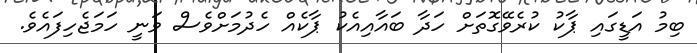
ބިމު އަޑީގައި ޕާކު ކުރެވޭގޮތަށް ހަދާ ބައާއިއެކު ޕާކެއް ހެދުމަށްވެސް ވަނީ ހަމަޖެހިފައެވެ.